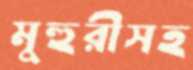
মুহুরীসহ